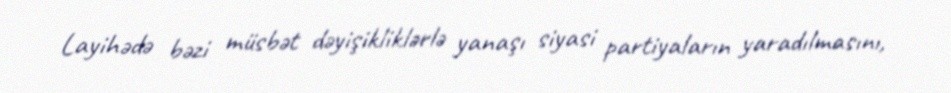
Layihədə bəzi müsbət dəyişikliklərlə yanaşı siyasi partiyaların yaradılmasını,